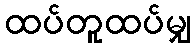
ထပ်တူထပ်မျှ